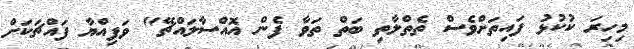
މިހިރަ ކުކުޅު ފައިތަށްވެސް ތެތްލާތި ބަތް ތަވާ ފެން އޮއްސާލައްޗޭ" ވަފިއްޔާ ފައްޗަކަށް